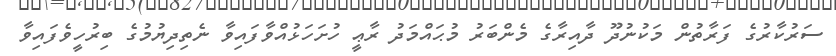
ސަރުކާރުގެ ފަރާތުން މަކުނުދޫ ދާއިރާގެ މެންބަރު މުޙައްމަދު ރާޢީ ހުށަހަޅުއްވާފައިވާ ނެތިދިޔުމުގެ ބިރުހީވެފައިވާ